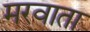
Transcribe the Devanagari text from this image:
मरवाता